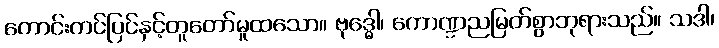
ကောင်းကင်ပြင်နှင့်တူတော်မူထသော။ ဗုဒ္ဓေါ၊ ကောဏ္ဍညမြတ်စွာဘုရားသည်။ သဒါ၊